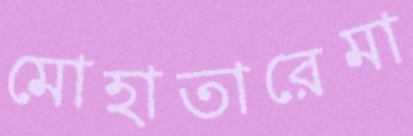
মোহাতারেমা